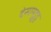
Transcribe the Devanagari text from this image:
देसामुड्रुडु